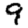
Digit: 9